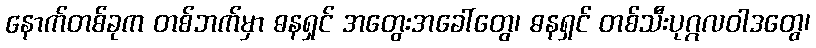
နောက်တစ်ခုက တစ်ဘက်မှာ ဓနရှင် အတွေးအခေါ်တွေ၊ ဓနရှင် တစ်သီးပုဂ္ဂလဝါဒတွေ၊